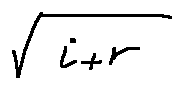
\sqrt { i + r }